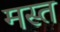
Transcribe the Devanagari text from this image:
मस्‍त